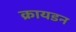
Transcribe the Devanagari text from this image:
क्रायडन